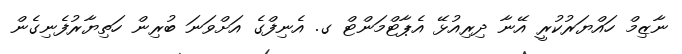
ނާޒިމް ހައްޔަރުކުރީ އޭނާ ދިރިއުޅޭ އެޕާޓްމަންޓް ގ. އެނިފްގެ އަށްވަނަ ބުރިން ހަތިޔާރުފެނިގެން